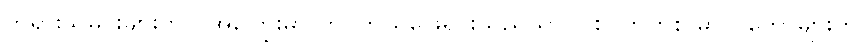
ဘုရားသမိုင်းများတွင် အကြွေးမှာ ကိုင်တွယ်ဖြေရှင်းသည်သာ ပါစပက်တစ် ဓာတ်တော်များကို